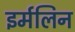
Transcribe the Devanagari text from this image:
इर्मलिन